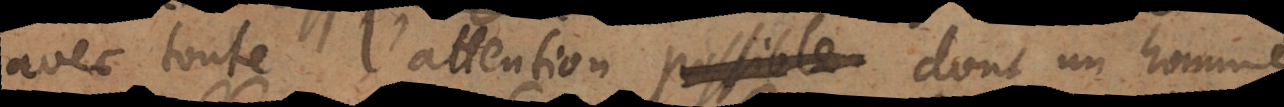
avec toute l’attention possible dont un homme